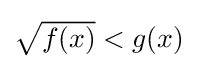
\textstyle {\sqrt {f(x)}}<g(x)